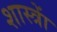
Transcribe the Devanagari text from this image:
शास्त्राें